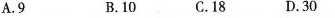
A.9 B.10 C.18 D.30